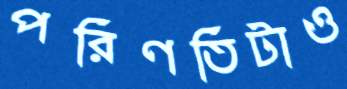
পরিণতিটাও